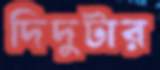
দিদুটার